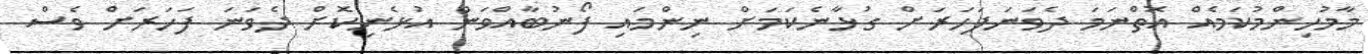
މާމުހިންމުކަމެއް އޮތްނަމަ ދެވަނަފަހަރަށް ގުޅާނެކަމަށް ނިންމައި ފޯނުބާއްވަން އުޅެނިކޮށް ދެވަނަ ފަހަރަށް ވެސް